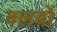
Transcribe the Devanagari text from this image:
क्‍लबों